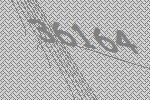
36164